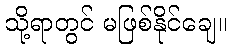
သို့ရာတွင် မဖြစ်နိုင်ချေ။